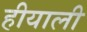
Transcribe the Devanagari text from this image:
हीयाली